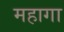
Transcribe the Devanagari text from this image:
महागा